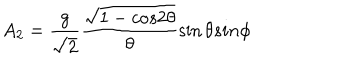
A _ { 2 } = \frac { g } { \sqrt 2 } \frac { \sqrt { 1 - c o s 2 { \theta } } } { { \theta } } \sin { \theta } s i n { \phi }